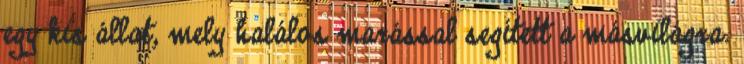
egy kis állat, mely halálos marással segített a másvilágra.